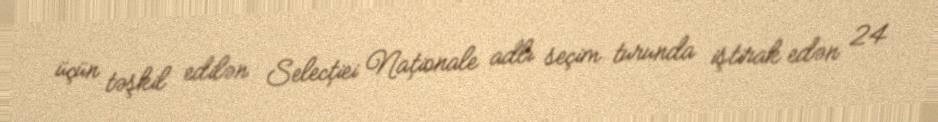
üçün təşkil edilən Selecției Naționale adlı seçim turunda iştirak edən 24